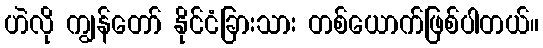
ဟဲလို ကျွန်တော် နိုင်ငံခြားသား တစ်ယောက်ဖြစ်ပါတယ်။